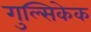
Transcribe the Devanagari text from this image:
गुल्सिकेक